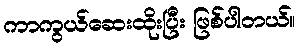
ကာကွယ်ဆေးထိုးပြီး ဖြစ်ပါတယ်။